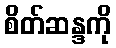
စိတ်ဆန္ဒကို